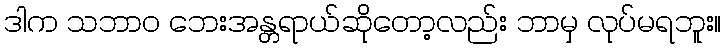
ဒါက သဘာဝ ဘေးအန္တရာယ်ဆိုတော့လည်း ဘာမှ လုပ်မရဘူး။